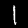
Label: 1